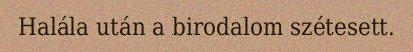
Halála után a birodalom szétesett.